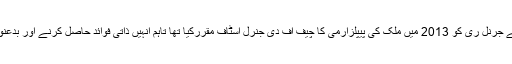
شمالی کوریا کے سربراہ کم جونگ ان نے جرنل ری کو 2013 میں ملک کی پیپلزآرمی کا چیف آف دی جنرل اسٹاف مقررکیا تھا تاہم انہیں ذاتی فوائد حاصل کرنے اور بدعنوانی کے پیش نظر سزائے موت دی گئی۔